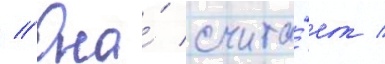
// Она́ счита́ет /